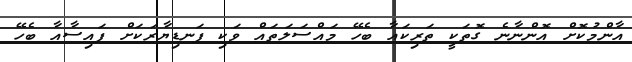
އާންމުކޮށް އޮންނާނެ ގޮތަކީ ތަރިކައާ ބެހޭ މައްސަލަތައް ވަކި ފަނޑިޔާރަކަށް ފައިސާއާ ބެހޭ